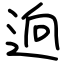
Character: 逈